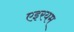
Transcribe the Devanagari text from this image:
एइरयम